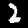
Label: 2